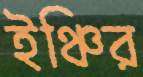
ইঞ্চির